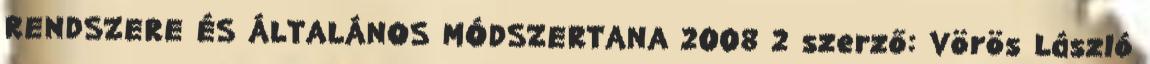
RENDSZERE ÉS ÁLTALÁNOS MÓDSZERTANA 2008 2 szerző: Vörös László